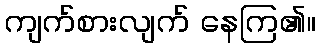
ကျက်စားလျက် နေကြ၏။